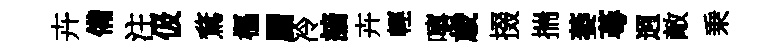
卉備注伋鶩樞罽冷諳卉輕嘻歳掇揣萎蕚迥敵乗